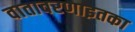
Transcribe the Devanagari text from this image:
वातावरणाइतका